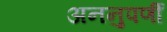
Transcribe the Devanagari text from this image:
अननुपर्णी